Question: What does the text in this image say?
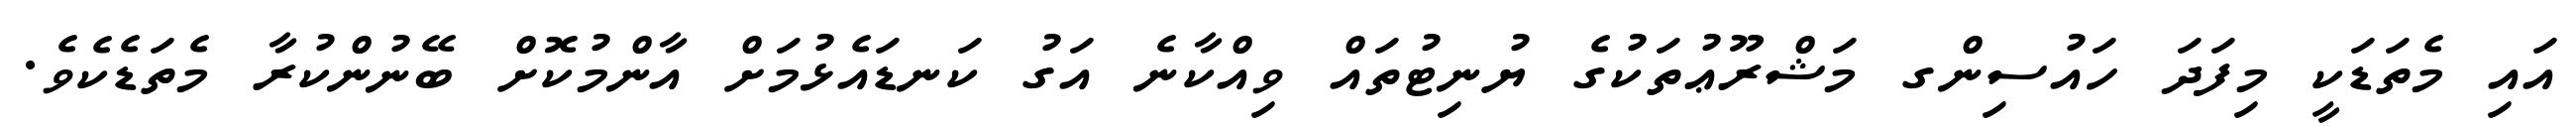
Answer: އައި މެތަޑަކީ މިފަދަ ހައުސިންގ މަޝްރޫޢުތަކުގެ ޔުނިޓުތައް ވިއްކާނެ އަގު ކަނޑައެޅުމަށް އާންމުކޮށް ބޭނުންކުރާ މެތަޑެކެވެ.